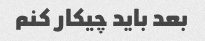
بعد باید چیکار کنم